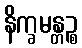
နိက္ခမန္တဉ္စ